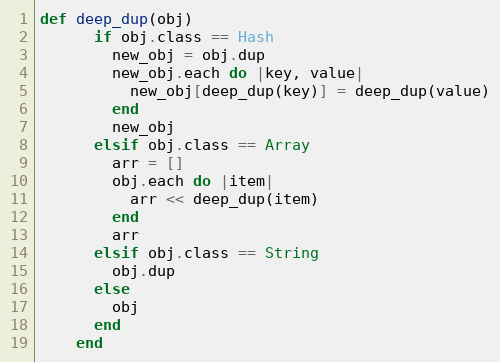
Language: Ruby
def deep_dup(obj)
      if obj.class == Hash
        new_obj = obj.dup
        new_obj.each do |key, value|
          new_obj[deep_dup(key)] = deep_dup(value)
        end
        new_obj
      elsif obj.class == Array
        arr = []
        obj.each do |item|
          arr << deep_dup(item)
        end
        arr
      elsif obj.class == String
        obj.dup
      else
        obj
      end
    end